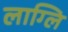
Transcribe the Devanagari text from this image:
लाग्लि